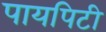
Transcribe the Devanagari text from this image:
पायपिटी